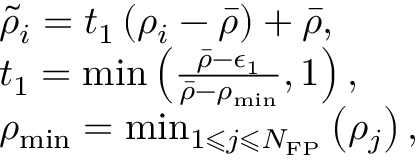
\begin{array} { r l } & { \tilde { \rho } _ { i } = t _ { 1 } \left( \rho _ { i } - \bar { \rho } \right) + \bar { \rho } , } \\ & { t _ { 1 } = \operatorname* { m i n } \left( \frac { \bar { \rho } - \epsilon _ { 1 } } { \bar { \rho } - \rho _ { \operatorname* { m i n } } } , 1 \right) , } \\ & { \rho _ { \operatorname* { m i n } } = \operatorname* { m i n } _ { 1 \leqslant j \leqslant N _ { \mathrm { F P } } } \left( \rho _ { j } \right) , } \end{array}